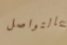
بالتواصل